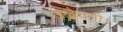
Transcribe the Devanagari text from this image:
उज्जैयनी।